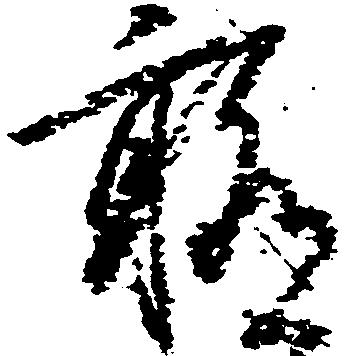
聊